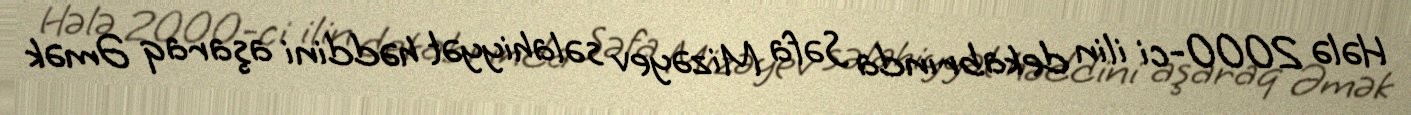
Hələ 2000-ci ilin dekabrında Səfa Mizəyev səlahiyyət həddini aşaraq Əmək